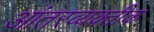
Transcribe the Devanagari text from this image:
आंतरव्यक्तीक